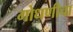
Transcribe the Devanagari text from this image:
गोधणीचा